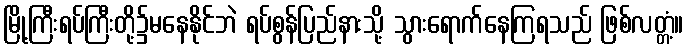
မြို့ကြီးရပ်ကြီးတို့၌မနေနိုင်ဘဲ ရပ်စွန်ပြည်နားသို့ သွားရောက်နေကြရသည် ဖြစ်လတ္တံ့။